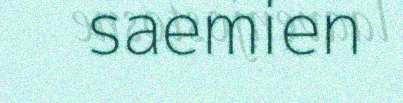
saemien